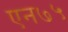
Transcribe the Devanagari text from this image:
एन७५